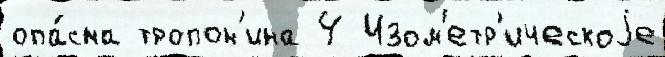
опа́сна тропон'ина 4 Изом'етр'ическоjе